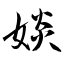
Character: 婒